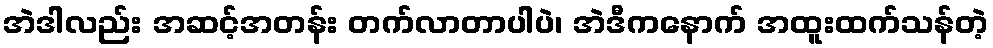
အဲဒါလည်း အဆင့်အတန်း တက်လာတာပါပဲ၊ အဲဒီကနောက် အထူးထက်သန်တဲ့